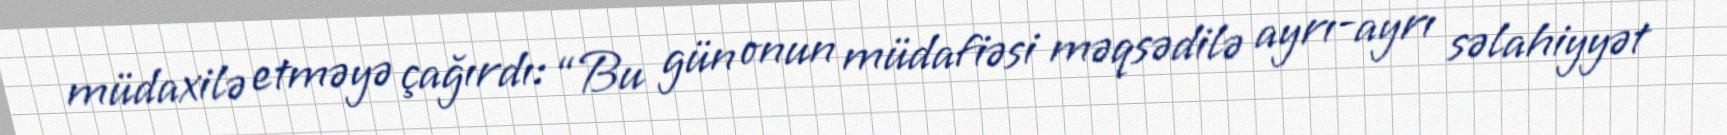
müdaxilə etməyə çağırdı: “Bu gün onun müdafiəsi məqsədilə ayrı-ayrı səlahiyyət